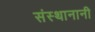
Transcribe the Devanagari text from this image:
संस्थानानी